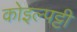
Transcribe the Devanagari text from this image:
कोइल्पट्टी